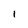
Character: 1